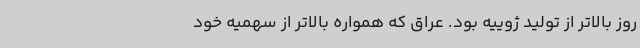
روز بالاتر از تولید ژوییه بود. عراق که همواره بالاتر از سهمیه خود